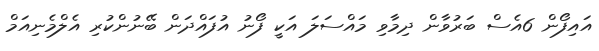
އައިފޯން 6އެސް ބަރުވާން ދިމާވި މައްސަލަ އަކީ ފޯނު އުފައްދަން ބޭނުންކުރި އެލްމެނިއަމް